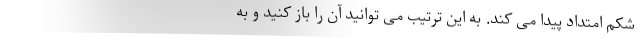
شکم امتداد پیدا می کند. به این ترتیب می توانید آن را باز کنید و به